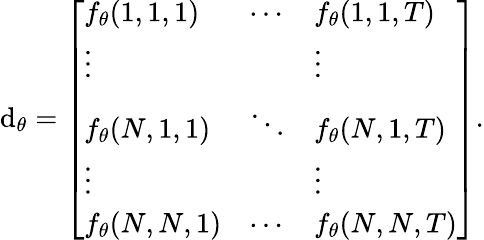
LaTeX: \mathrm{d}_{\theta}=\left[\begin{array}{lll}{f_{\theta}(1,1,1)}&{\cdots}&{f_{\theta}(1,1,T)}\\ {\vdots}&{}&{\vdots}\\ {f_{\theta}(N,1,1)}&{\ddots}&{f_{\theta}(N,1,T)}\\ {\vdots}&{}&{\vdots}\\ {f_{\theta}(N,N,1)}&{\cdots}&{f_{\theta}(N,N,T)}\end{array}\right].